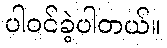
ပါဝင်ခဲ့ပါတယ်။